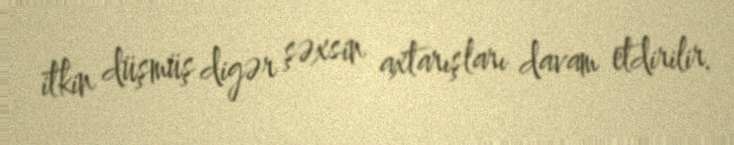
itkin düşmüş digər şəxsin axtarışları davam etdirilir.